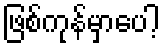
ဖြစ်ကုန်မှာပေါ့